Report of the Hyderabad Chloroform Commission
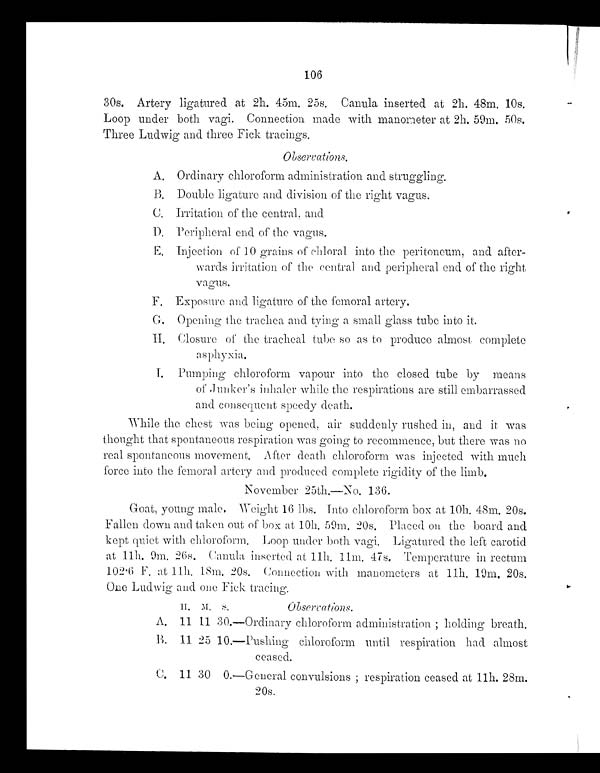
106
30s. Artery ligatured at 2h. 45m. 25s. Canula inserted at 2h. 48m. 10s.
Loop under both vagi. Connection made with manometer at 2h. 59m. 50s.
Three Ludwig and three Fick tracings.
Observations.
A. Ordinary chloroform administration and struggling.
B. Double ligature and division of the right vagus.
C. Irritation of the central, and
D.
Peripheral. end of the vagus.
E. Injection. of 10 grains of chloral into the peritoneum, and after-
wards irritation of the central and peripheral. end of the right,
vagus.
F. Exposure and ligature of the femoral artery.
G. Opening the trachea and tying a small. glass tube into it.
H.
Closure of the tracheal tube so as to produce almost complete
asphyxia.
I.
Pumping chloroform vapour into the closed tube by means
of Junker's inhaler while the respirations are still embarrassed
and consequent speedy death.
While the chest was being opened, air suddenly rushed in, and it was
thought that spontaneous respiration was going to recommence, but there was no
real spontaneous movement. After death chloroform was injected with much
force into the femoral artery and produced complete rigidity of the limb.
November 25th,—No. 136.
Goat, young male. Weight 16 lbs. Into chloroform box at 10h. 48m. 20s.
Fallen down and taken out of box at 10h. 59m. 20s. Placed on the board and
kept quiet with chloroform. Loop under both vagi. Ligatured the left carotid
at 11h. 9m. 26s. Canula inserted at 11h. 11m. 47s. Temperature in rectum
102•6 at 11h. 18m. 20s. Connection with manometers at 11h, 19m, 20s.
One Ludwig and one Fick tracing.
H. M. S. Observations.
A. 11 11 30.—Ordinary chloroform administration holding breath.
B . 1 1
2 5 1 0 . — P u s h i n g c h l o r o f o r m u n t i l r e s p i r a t i o n h a d a l m o s t
ceased.
C . 1 1 3 0 0 . — G e n e r a l c o n v u l s i o n s ; r e s p i r a t i o n c e a s e d a t 1 1 h . 2 8 m .
20s.